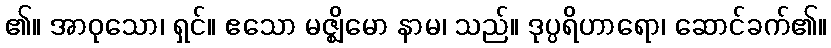
၏။ အာဝုသော၊ ရှင်။ ဧသော မဇ္ဈိမော နာမ၊ သည်။ ဒုပ္ပရိဟာရော၊ ဆောင်ခက်၏။